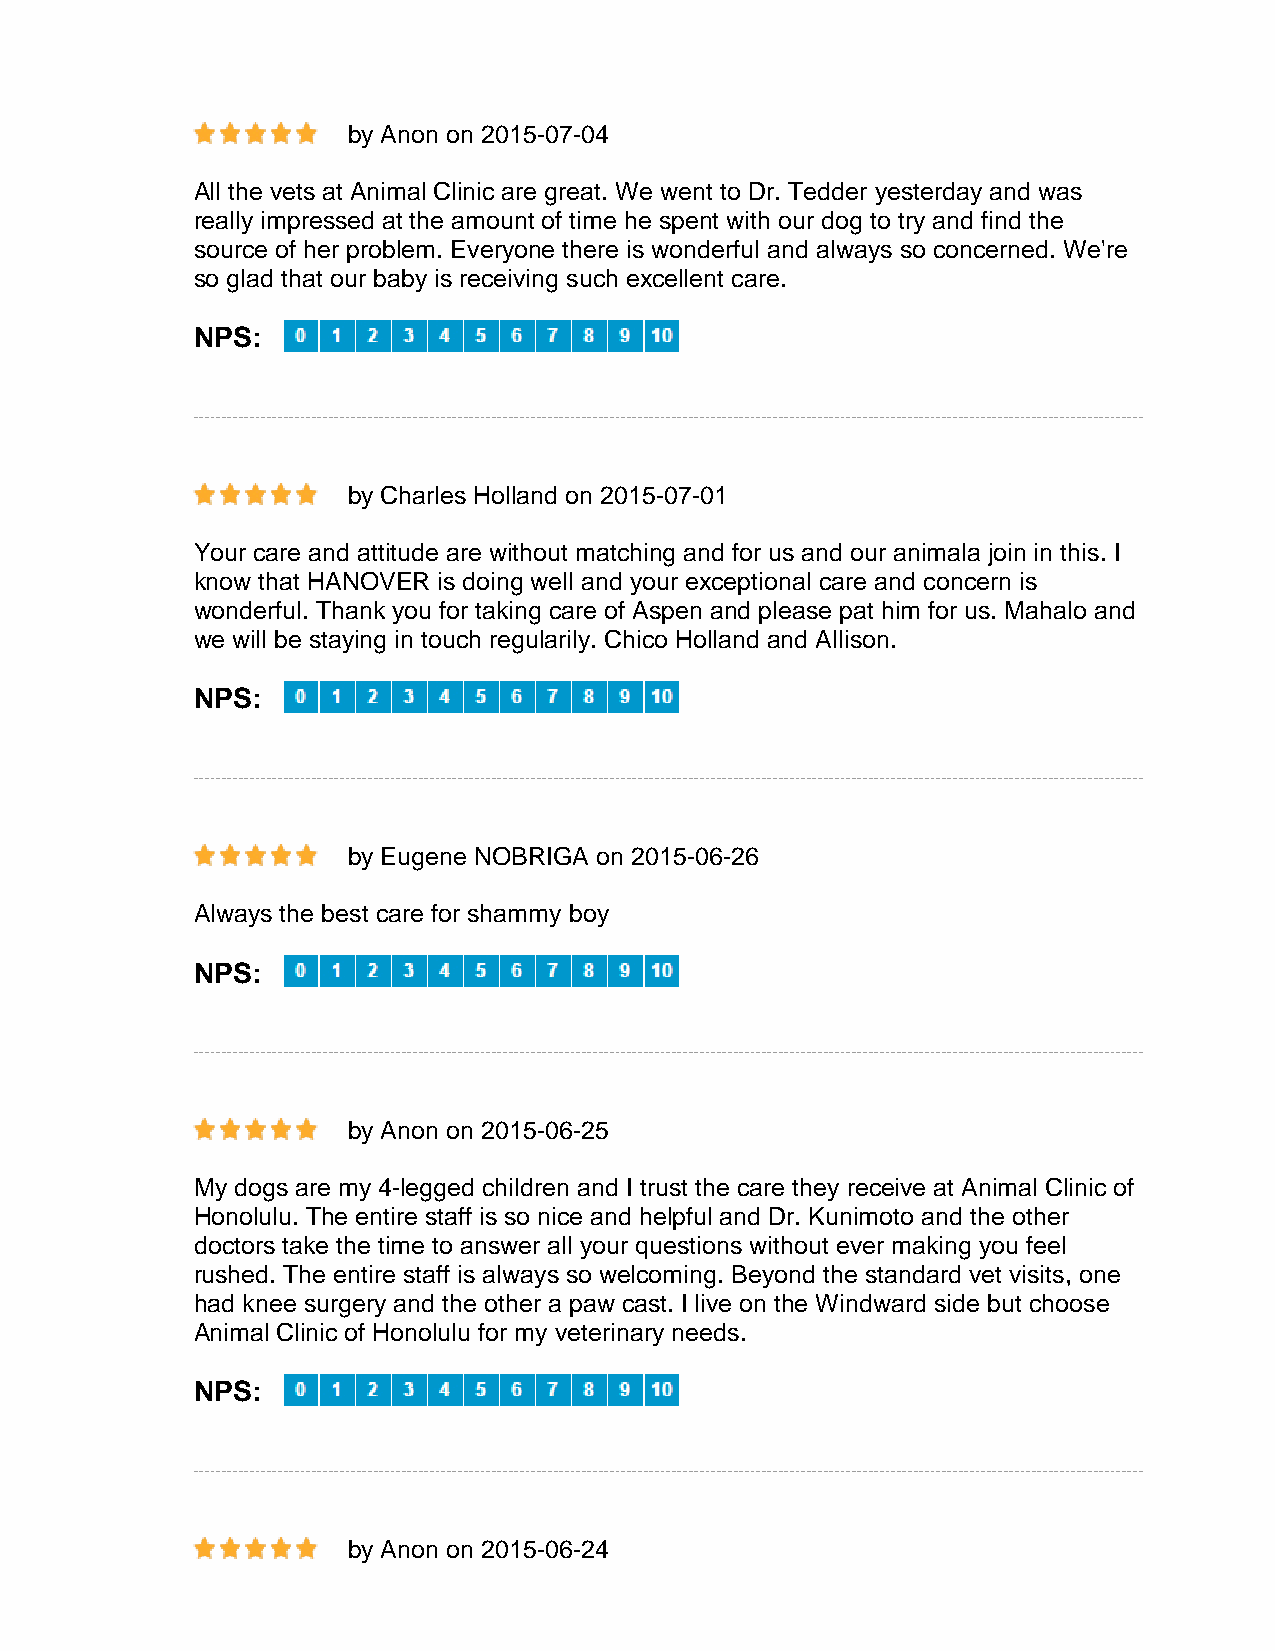
by Anon on 2015-07-04
 All the vets at Animal Clinic are great. We went to Dr. Tedder yesterday and was
 really impressed at the amount of time he spent with our dog to try and find the
 source of her problem. Everyone there is wonderful and always so concerned. We're
 so glad that our baby is receiving such excellent care.
 NPS:
 by Charles Holland on 2015-07-01
 Your care and attitude are without matching and for us and our animala join in this. I
 know that HANOVER is doing well and your exceptional care and concern is
 wonderful. Thank you for taking care of Aspen and please pat him for us. Mahalo and
 we will be staying in touch regularily. Chico Holland and Allison.
 NPS:
 by Eugene NOBRIGA on 2015-06-26
 Always the best care for shammy boy
 NPS:
 by Anon on 2015-06-25
 My dogs are my 4-legged children and I trust the care they receive at Animal Clinic of
 Honolulu. The entire staff is so nice and helpful and Dr. Kunimoto and the other
 doctors take the time to answer all your questions without ever making you feel
 rushed. The entire staff is always so welcoming. Beyond the standard vet visits, one
 had knee surgery and the other a paw cast. I live on the Windward side but choose
 Animal Clinic of Honolulu for my veterinary needs.
 NPS:
 by Anon on 2015-06-24